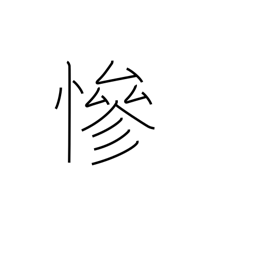
Meaning: cruel